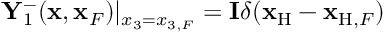
{ \bf Y } _ { 1 } ^ { - } ( { \bf x } , { \bf x } _ { F } ) | _ { x _ { 3 } = { x _ { 3 , F } } } = { \bf I } \delta ( { { \bf x } _ { \mathrm { H } } } - { { \bf x } _ { \mathrm { H } , F } } )